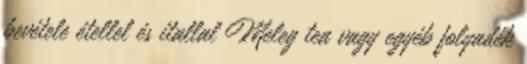
bevétele étellel és itallal Meleg tea vagy egyéb folyadék